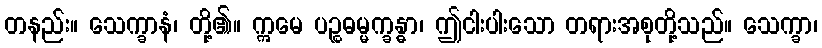
တနည်း။ သေက္ခာနံ၊ တို့၏။ ဣမေ ပဉ္စဓမ္မက္ခန္ဓာ၊ ဤငါးပါးသော တရားအစုတို့သည်။ သေက္ခာ၊